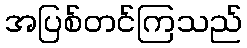
အပြစ်တင်ကြသည်